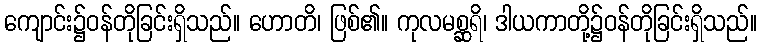
ကျောင်း၌ဝန်တိုခြင်းရှိသည်။ ဟောတိ၊ ဖြစ်၏။ ကုလမစ္ဆရိ၊ ဒါယကာတို့၌ဝန်တိုခြင်းရှိသည်။